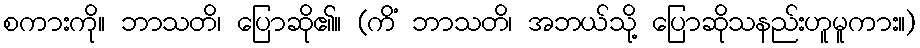
စကားကို။ ဘာသတိ၊ ပြောဆို၏။ (ကိံ ဘာသတိ၊ အဘယ်သို့ ပြောဆိုသနည်းဟူမူကား။)